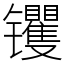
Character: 䦆